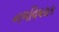
નળવિષયક